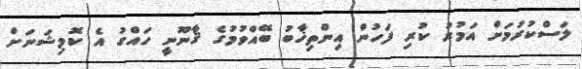
ލަސްކުރުމަށް އަމުރު ކުރި ފަހުން އިންތިޚާބު ބޭއްވުމުގެ ޤާނޫނީ ހައްގު އެ ކޮމިޝަނަށް